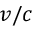
v / c